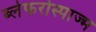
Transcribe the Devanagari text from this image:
ब्लेफरोस्पाज्म